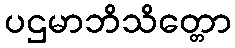
ပဌမာဘိသိတ္တော